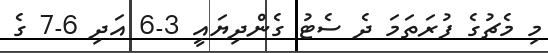
މި މެޗުގެ ފުރަތަމަ ދެ ސެޓު ގެންދިޔައީ 3-6 އަދި 6-7 ގެ